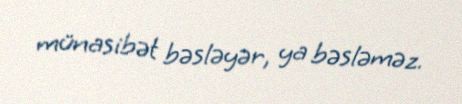
münasibət bəsləyər, ya bəsləməz.